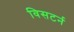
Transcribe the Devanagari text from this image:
विसटर्न